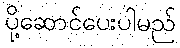
ပို့ဆောင်ပေးပါမည်